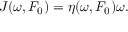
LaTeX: J ( \omega , F _ { 0 } ) = \eta ( \omega , F _ { 0 } ) \omega .